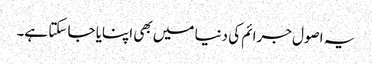
یہ اصول جرائم کی دنیا میں بھی اپنایا جا سکتا ہے۔